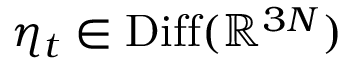
\eta _ { t } \in \operatorname { D i f f } ( \mathbb { R } ^ { 3 N } )